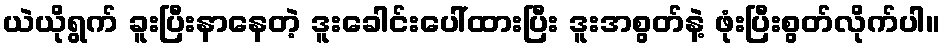
ယဲယိုရွက် ခူးပြီးနာနေတဲ့ ဒူးခေါင်းပေါ်ထားပြီး ဒူးအစွတ်နဲ့ ဖုံးပြီးစွတ်လိုက်ပါ။